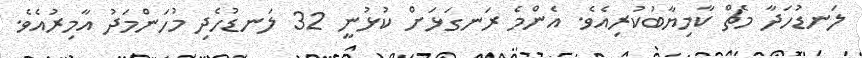
ލަނޑުހަދާ މެޗް ކާމިޔާބުކުރިއެވެ. އެންމެ ރަނގަޅަށް ކުޅުނީ 32 ލަނޑުހެދި މުހަންމަދު އާމިރުއެވެ.